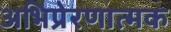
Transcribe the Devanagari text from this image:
अभिप्रेरणात्मक